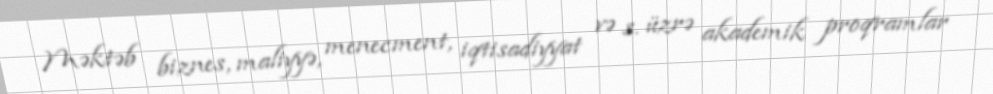
Məktəb biznes, maliyyə, menecment, iqtisadiyyat və s. üzrə akademik proqramlar